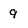
Character: 9